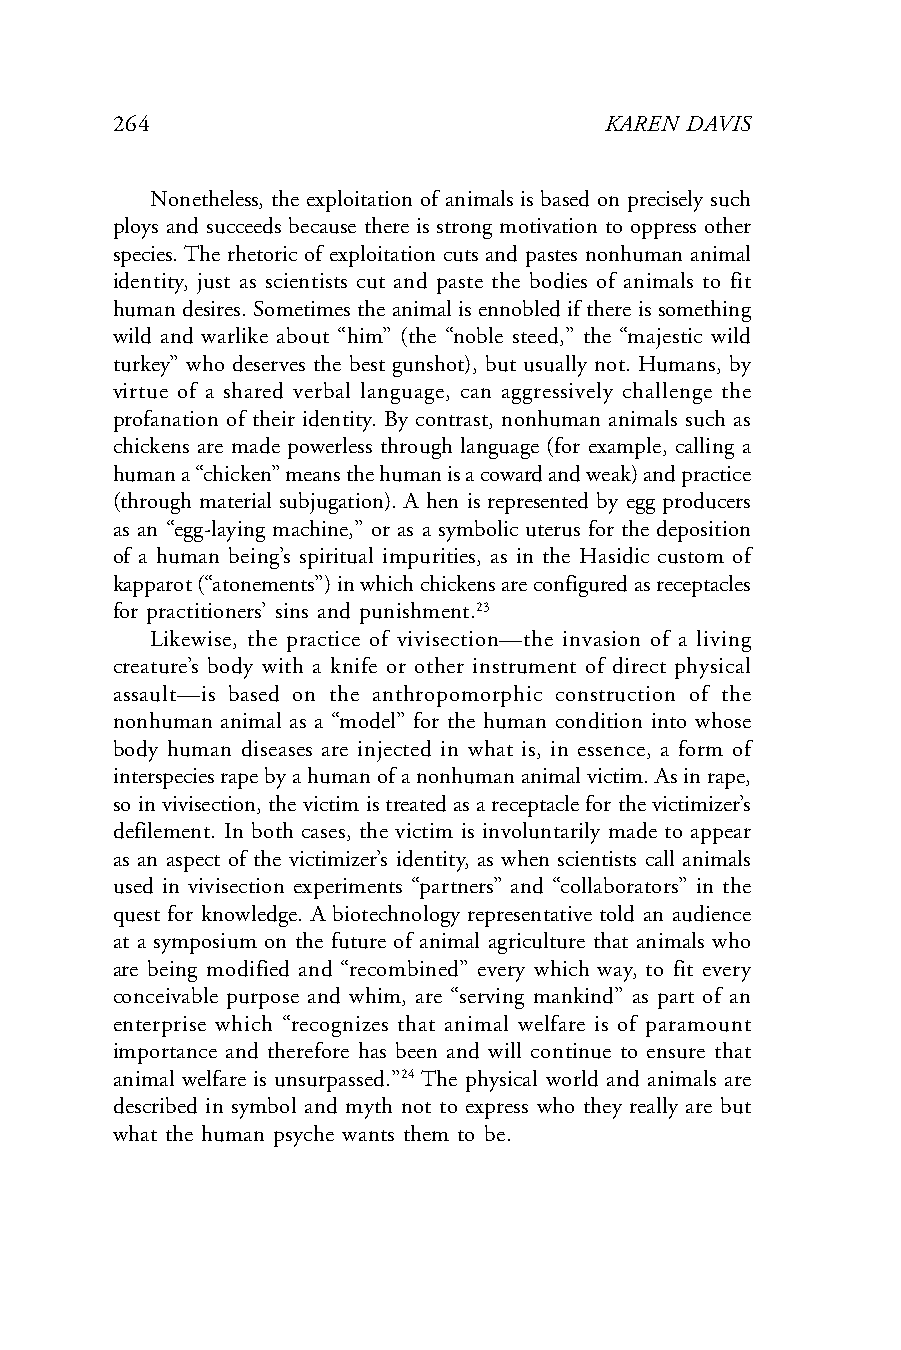
264                              KAREN DAVIS
 Nonetheless, the exploitation of animals is based on precisely such
 ploys and succeeds because there is strong motivation to oppress other
 species. The rhetoric of exploitation cuts and pastes nonhuman animal
 identity, just as scientists cut and paste the bodies of animals to fit
 human desires. Sometimes the animal is ennobled if there is something
 wild and warlike about “him” (the “noble steed,” the “majestic wild
 turkey” who deserves the best gunshot), but usually not. Humans, by
 virtue of a shared verbal language, can aggressively challenge the
 profanation of their identity. By contrast, nonhuman animals such as
 chickens are made powerless through language (for example, calling a
 human a “chicken” means the human is a coward and weak) and practice
 (through material subjugation). A hen is represented by egg producers
 as an “egg-laying machine,” or as a symbolic uterus for the deposition
 of a human being’s spiritual impurities, as in the Hasidic custom of
 kapparot (“atonements”) in which chickens are configured as receptacles
 for practitioners’ sins and punishment.23
 Likewise, the practice of vivisection—the invasion of a living
 creature’s body with a knife or other instrument of direct physical
 assault—is based on the anthropomorphic construction of the
 nonhuman animal as a “model” for the human condition into whose
 body human diseases are injected in what is, in essence, a form of
 interspecies rape by a human of a nonhuman animal victim. As in rape,
 so in vivisection, the victim is treated as a receptacle for the victimizer’s
 defilement. In both cases, the victim is involuntarily made to appear
 as an aspect of the victimizer’s identity, as when scientists call animals
 used in vivisection experiments “partners” and “collaborators” in the
 quest for knowledge. A biotechnology representative told an audience
 at a symposium on the future of animal agriculture that animals who
 are being modified and “recombined” every which way, to fit every
 conceivable purpose and whim, are “serving mankind” as part of an
 enterprise which “recognizes that animal welfare is of paramount
 importance and therefore has been and will continue to ensure that
 animal welfare is unsurpassed.”24 The physical world and animals are
 described in symbol and myth not to express who they really are but
 what the human psyche wants them to be.